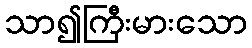
သာ၍ကြီးမားသော